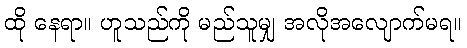
ထို နေရာ။ ဟူသည်ကို မည်သူမျှ အလိုအလျောက်မရ။